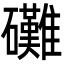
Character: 𮁙